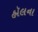
હૉલના